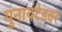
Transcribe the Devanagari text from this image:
युनायटेडवर